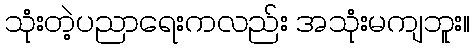
သုံးတဲ့ပညာရေးကလည်း အသုံးမကျဘူး။